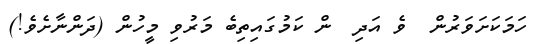
ހަމަކަށަވަރުން  ވެ އަދި  ން ކަމުގައިތިބެ މަރުވި މީހުން (ދަންނާށެވެ!)